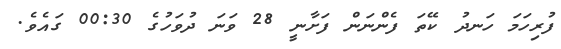
ފުރިހަމަ ހަނދު ކޭތަ ފެންނަން ފަށާނީ 28 ވަނަ ދުވަހުގެ 00:30 ގައެވެ.